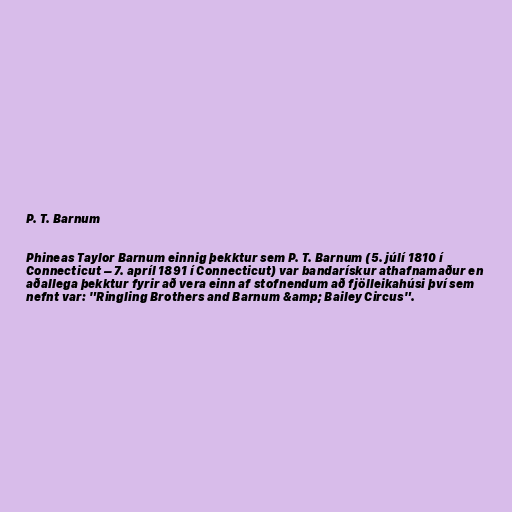
P. T. Barnum

Phineas Taylor Barnum einnig þekktur sem P. T. Barnum (5. júlí 1810 í
Connecticut – 7. apríl 1891 í Connecticut) var bandarískur athafnamaður en
aðallega þekktur fyrir að vera einn af stofnendum að fjölleikahúsi því sem
nefnt var: "Ringling Brothers and Barnum &amp; Bailey Circus".